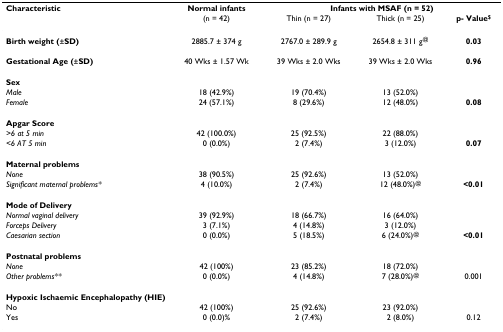
<table><thead><tr><td><b>Characteristic</b></td><td><b>Normal infants</b></td><td colspan="3"><b>Infants with MSAF (n = 52)</b></td></tr><tr><td></td><td><b>(n = 42)</b></td><td><b>Thin (n = 27)</b></td><td><b>Thick (n = 25)</b></td><td><b>p- Value<sup>$</sup></b></td></tr></thead><tbody><tr><td><b>Birth weight (</b>±<b>SD)</b></td><td>2885.7 ± 374 g</td><td>2767.0 ± 289.9 g</td><td>2654.8 ± 311 g<sup>@</sup></td><td><b>0.03</b></td></tr><tr><td><b>Gestational Age (</b>±<b>SD)</b></td><td>40 Wks ± 1.57 Wk</td><td>39 Wks ± 2.0 Wks</td><td>39 Wks ± 2.0 Wks</td><td><b>0.96</b></td></tr><tr><td><b>Sex</b></td><td></td><td></td><td></td><td></td></tr><tr><td><i>Male</i></td><td>18 (42.9%)</td><td>19 (70.4%)</td><td>13 (52.0%)</td><td></td></tr><tr><td><i>Female</i></td><td>24 (57.1%)</td><td>8 (29.6%)</td><td>12 (48.0%)</td><td><b>0.08</b></td></tr><tr><td><b>Apgar Score</b></td><td></td><td></td><td></td><td></td></tr><tr><td><i>&gt;6 at 5 min</i></td><td>42 (100.0%)</td><td>25 (92.5%)</td><td>22 (88.0%)</td><td></td></tr><tr><td><i>&lt;6 AT 5 min</i></td><td>0 (0.0%)</td><td>2 (7.4%)</td><td>3 (12.0%)</td><td><b>0.07</b></td></tr><tr><td><b>Maternal problems</b></td><td></td><td></td><td></td><td></td></tr><tr><td><i>None</i></td><td>38 (90.5%)</td><td>25 (92.6%)</td><td>13 (52.0%)</td><td></td></tr><tr><td><i>Significant maternal problems*</i></td><td>4 (10.0%)</td><td>2 (7.4%)</td><td>12 (48.0%)<sup>@</sup></td><td><b>&lt;0.01</b></td></tr><tr><td><b>Mode of Delivery</b></td><td></td><td></td><td></td><td></td></tr><tr><td><i>Normal vaginal delivery</i></td><td>39 (92.9%)</td><td>18 (66.7%)</td><td>16 (64.0%)</td><td></td></tr><tr><td><i>Forceps Delivery</i></td><td>3 (7.1%)</td><td>4 (14.8%)</td><td>3 (12.0%)</td><td></td></tr><tr><td><i>Caesarian section</i></td><td>0 (0.0%)</td><td>5 (18.5%)</td><td>6 (24.0%)<sup>@</sup></td><td><b>&lt;0.01</b></td></tr><tr><td><b>Postnatal problems</b></td><td></td><td></td><td></td><td></td></tr><tr><td><i>None</i></td><td>42 (100%)</td><td>23 (85.2%)</td><td>18 (72.0%)</td><td></td></tr><tr><td><i>Other problems**</i></td><td>0 (0.0%)</td><td>4 (14.8%)</td><td>7 (28.0%)<sup>@</sup></td><td>0.001</td></tr><tr><td><b>Hypoxic Ischaemic Encephalopathy (HIE)</b></td><td></td><td></td><td></td><td></td></tr><tr><td>No</td><td>42 (100%)</td><td>25 (92.6%)</td><td>23 (92.0%)</td><td></td></tr><tr><td>Yes</td><td>0 (0.0)%</td><td>2 (7.4%)</td><td>2 (8.0%)</td><td>0.12</td></tr></tbody></table>